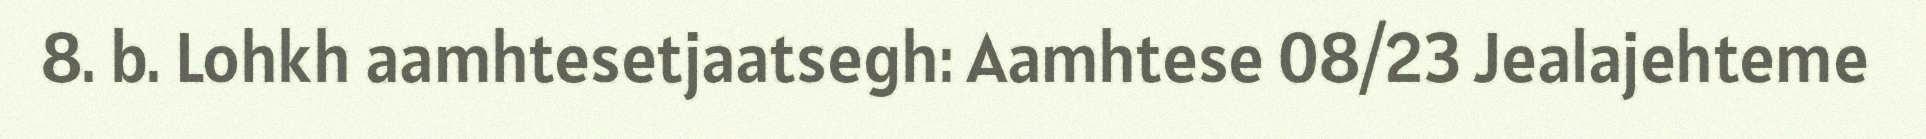
8. b. Lohkh aamhtesetjaatsegh: Aamhtese 08/23 Jealajehteme